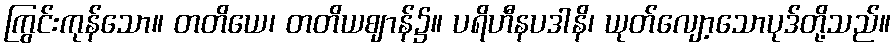
ကြွင်းကုန်သော။ တတိယေ၊ တတိယဈာန်၌။ ပရိဟီနပဒါနိ၊ ယုတ်လျော့သောပုဒ်တို့သည်။